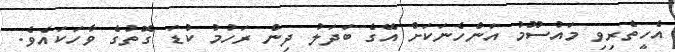
އެހީތެރިވި މައުސޫމު އަންހެނަކަށް އޭގެ ބަދަލު ދިން ރަހުމު ކުޑަ ގޮތުގެ ވާހަކައެވެ.